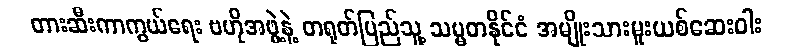
တားဆီးကာကွယ်ရေး ဗဟိုအဖွဲ့နဲ့ တရုတ်ပြည်သူ့ သမ္မတနိုင်ငံ အမျိုးသားမူးယစ်ဆေးဝါး